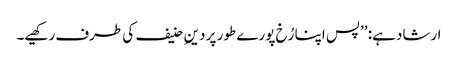
ارشاد ہے: ’’پس اپنا رُخ پورے طور پر دینِ حنیف کی طرف رکھیے۔